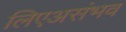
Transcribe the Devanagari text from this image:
लिएअसंभव